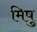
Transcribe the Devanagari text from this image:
मिषु